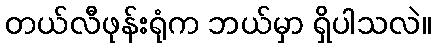
တယ်လီဖုန်းရုံက ဘယ်မှာ ရှိပါသလဲ။